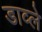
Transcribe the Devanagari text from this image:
डाव्ले